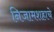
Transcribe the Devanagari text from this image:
निजामशहाचे